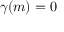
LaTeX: \gamma ( m ) = 0